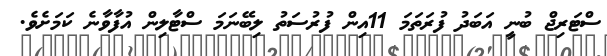
ސްޓަރިޖް ބުނީ އަބަދު ފުރަތަމަ 11އިން ފުރުސަތު ލިބޭނަމަ ސްޓާލިން އުފާވާނެ ކަމަށެވެ.